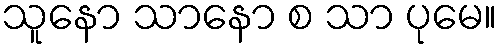
သူနော သာနော စ သာ ပုမေ။